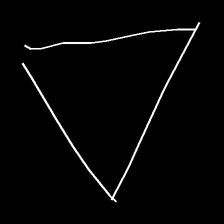
Glyph: convergence